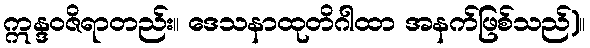
ဣန္ဒဝဇိရာတည်း။ ဒေသနာထုတိဂါထာ အနက်ဖြစ်သည်)။